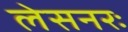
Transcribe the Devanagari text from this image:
लेसनरः